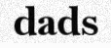
dads